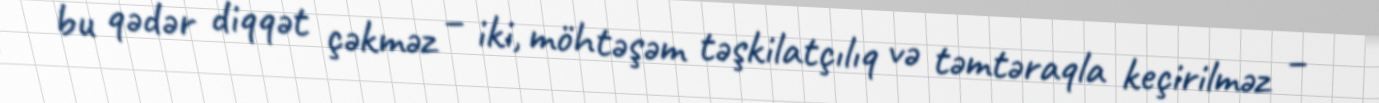
bu qədər diqqət çəkməz – iki, möhtəşəm təşkilatçılıq və təmtəraqla keçirilməz –